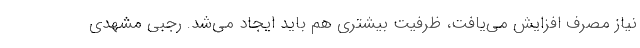
نیاز مصرف افزایش می‌یافت، ظرفیت بیشتری هم باید ایجاد می‌شد. رجبی مشهدی